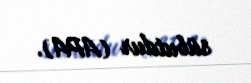
sübutdur (APA).